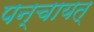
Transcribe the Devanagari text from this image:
पन्चायत्